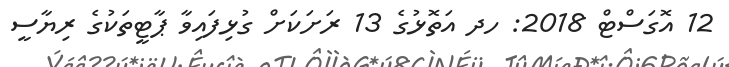
12 އޮގަސްޓް 2018: ހދ އަތޮޅުގެ 13 ރަށަކަށް ގުޅިފައިވާ ޕާޓީތަކުގެ ރިޔާސީ